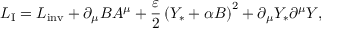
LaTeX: { \cal L } _ { \mathrm { I } } = { \cal L } _ { \mathrm { i n v } } + \partial _ { \mu } B A ^ { \mu } + { \frac { \varepsilon } { 2 } } \left( Y _ { * } + \alpha B \right) ^ { 2 } + \partial _ { \mu } Y _ { * } \partial ^ { \mu } Y , \,